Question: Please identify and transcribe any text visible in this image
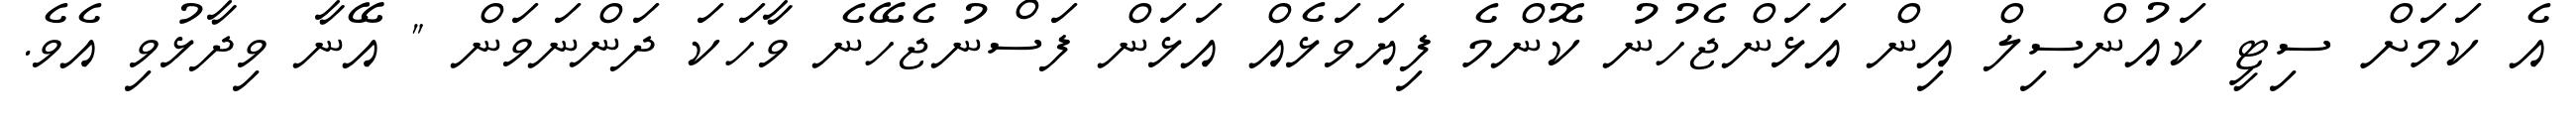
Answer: އެ ކަމަށް ސިޓީ ކައުންސިލް އިން އަޅަންޖެހުނު ކޮންމެ ފިޔަވަޅެއް އަޅަން ފަސްނުޖެހޭނެ ވާހަކަ ދަންނަވަން " އޭނާ ވިދާޅުވި އެވެ.